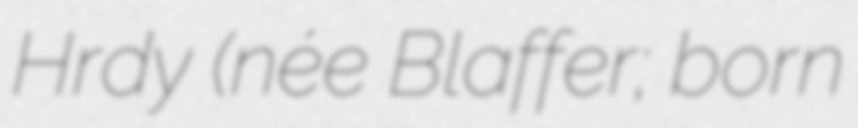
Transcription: Hrdy (née Blaffer; born